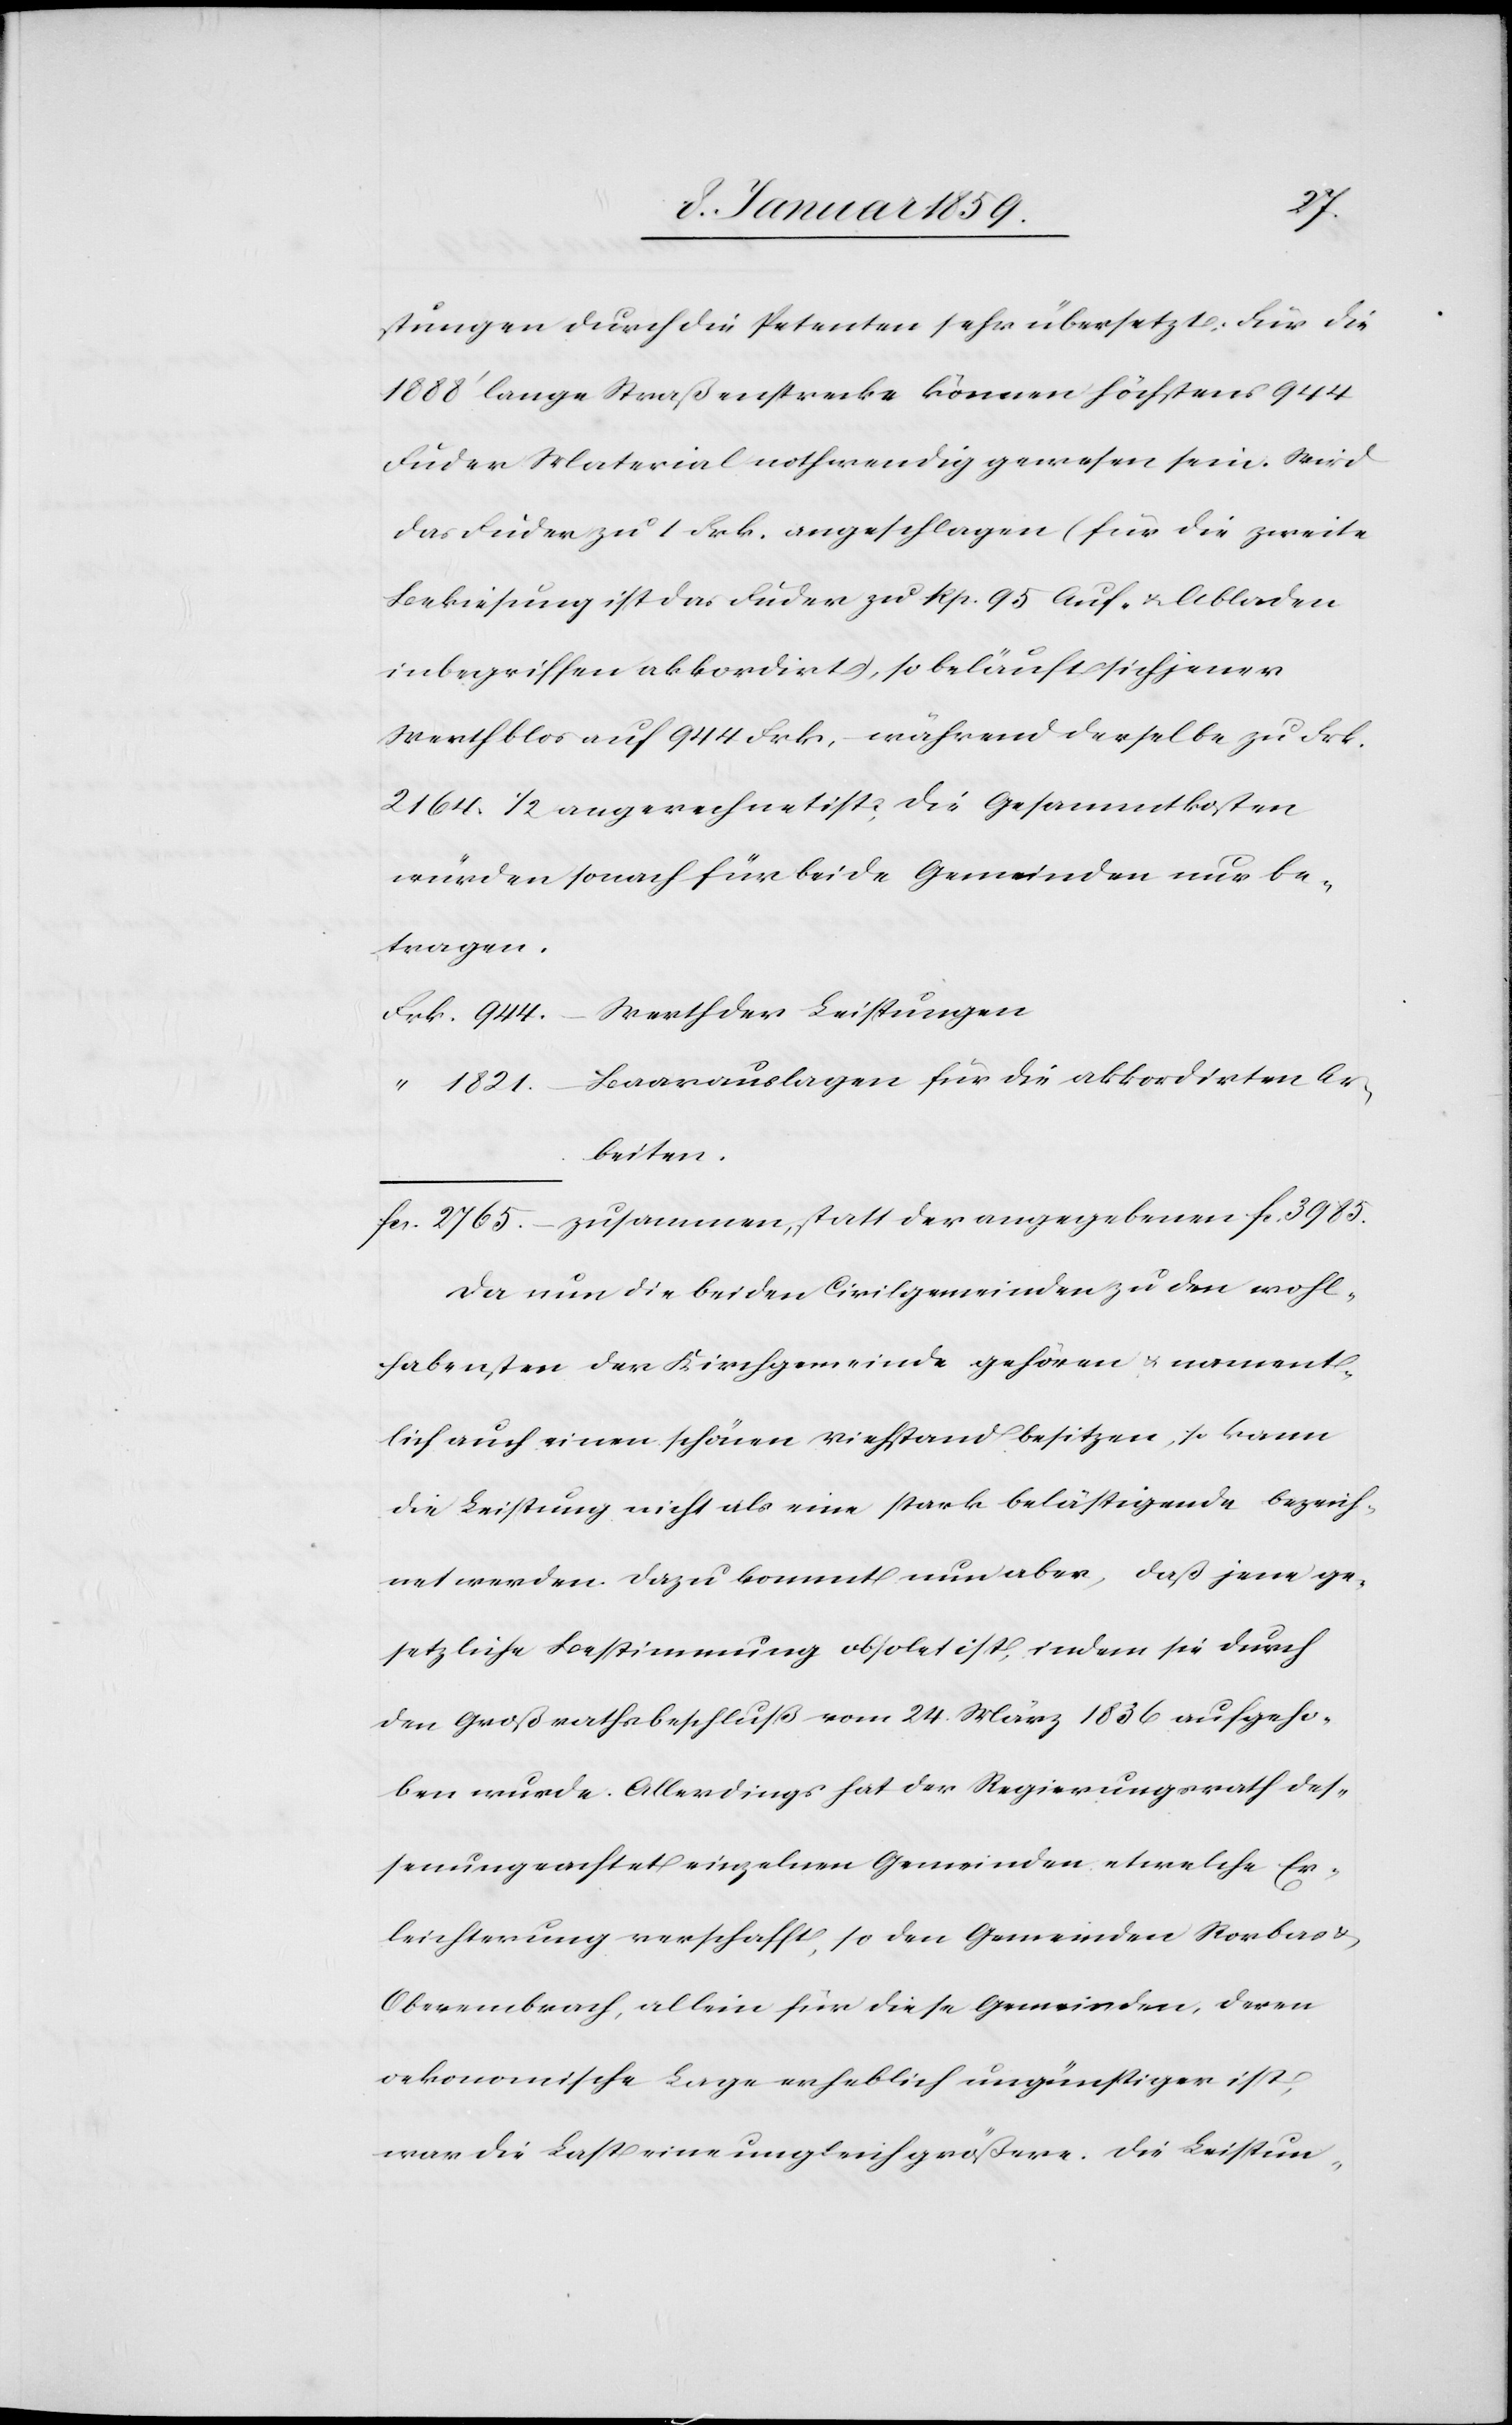
stungen durch die Petenten sehr übersetzt: Für die
1888' lange Straßenstrecke können höchstens 944
Fuder Material nothwendig gewesen sein. Wird
das Fuder zu 1 Frk. angeschlagen (für die zweite
Bekiesung ist das Fuder zu Rp. 95 Auf- u. Abladen
inbegriffen akkordirt), so beläuft sich jener
Werth blos auf 944 Frk, während derselbe zu Frk.
2164. 1/2 angerechnet ist; die Gesammtkosten
würden sonach für beide Gemeinden nur be¬
tragen.
Baarauslagen für die akkordirten Ar¬
beiten.
zusammen, statt der angegebenen fc. 3985.
Da nun die beiden Civilgemeinden zu den wohl¬
habensten der Kirchgemeinde gehören u. nament¬
lich auch einen schönen Viehstand besitzen, so kann
die Leistung nicht als eine stark belästigende bezeich¬
net werden. Dazu kommt nun aber, daß jene ge¬
setzliche Bestimmung obsolet ist, indem sie durch
den Großrathsbeschluß vom 24. März 1836 aufgeho¬
ben wurde. Allerdings hat der Regierungsrath des¬
senungeachtet einzelnen Gemeinden etwelche Er¬
leichterung verschafft, so den Gemeinden Rorbas u.
Oberembrach, allein für diese Gemeinden, deren
oekonomische Lage erheblich ungünstiger ist,
war die Last eine ungleich größere. Die Leistun-